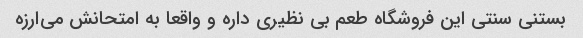
بستنی سنتی این فروشگاه طعم بی نظیری داره و واقعا به امتحانش می‌ارزه